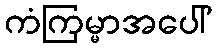
ကံကြမ္မာအပေါ်